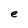
Character: e